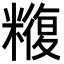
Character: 𮇼